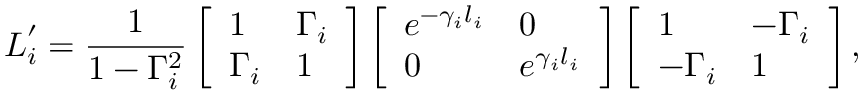
\boldsymbol { L } _ { i } ^ { \prime } = \frac { 1 } { 1 - \Gamma _ { i } ^ { 2 } } \left[ \begin{array} { l l } { 1 } & { \Gamma _ { i } } \\ { \Gamma _ { i } } & { 1 } \end{array} \right] \left[ \begin{array} { l l } { e ^ { - \gamma _ { i } l _ { i } } } & { 0 } \\ { 0 } & { e ^ { \gamma _ { i } l _ { i } } } \end{array} \right] \left[ \begin{array} { l l } { 1 } & { - \Gamma _ { i } } \\ { - \Gamma _ { i } } & { 1 } \end{array} \right] ,